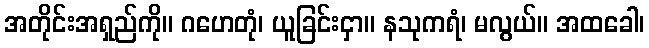
အတိုင်းအရှည်ကို။ ဂဟေတုံ၊ ယူခြင်းငှာ။ နသုကရံ၊ မလွယ်။ အထခေါ၊